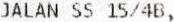
JALAN SS 15/4B,